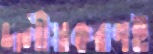
দলীয়করণই